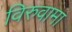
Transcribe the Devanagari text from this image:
विरुवामा